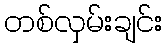
တစ်လှမ်းချင်း